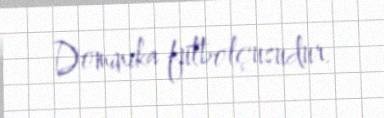
Dominika futbolçusudur.